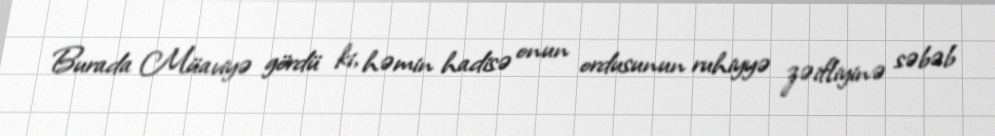
Burada Müaviyə gördü ki, həmin hadisə onun ordusunun ruhiyyə zəifliyinə səbəb